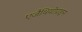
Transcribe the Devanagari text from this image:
एजैथियोप्राइन